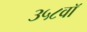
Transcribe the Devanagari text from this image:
३५८वॉ